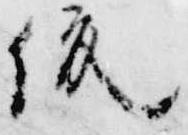
俊